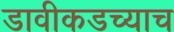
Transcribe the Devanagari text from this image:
डावीकडच्याच